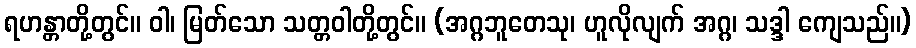
ရဟန္တာတို့တွင်။ ဝါ၊ မြတ်သော သတ္တဝါတို့တွင်။ (အဂ္ဂဘူတေသု၊ ဟူလိုလျက် အဂ္ဂ၊ သဒ္ဒါ ကျေသည်။)